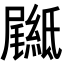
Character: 𦅴